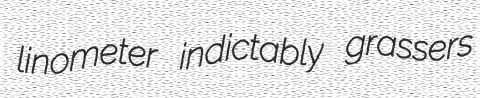
linometer indictably grassers